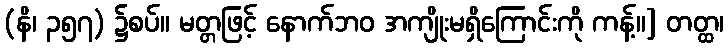
(နိ၊ ၃၅၇) ၌စပ်။ မတ္တဖြင့် နောက်ဘဝ အကျိုးမရှိကြောင်းကို ကန့်။] တတ္ထ၊